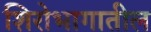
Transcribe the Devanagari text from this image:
शिरोभागातील